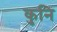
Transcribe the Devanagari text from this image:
कुनि